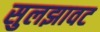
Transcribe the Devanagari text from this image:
सुलझावट